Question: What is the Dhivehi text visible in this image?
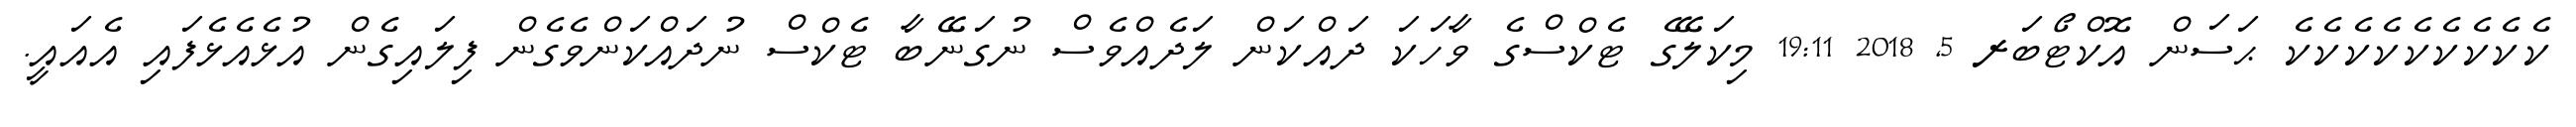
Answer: ކެކެކެކެކެކެކެކެކެ ޙަސަން އޮކްޓޯބަރ 5, 2018 19:11 މިކަލޭގެ ޓެކްސްގެ ވާހަކަ ދައްކަން ލަދެއްވެސް ނުގަނޭބާ ޓެކްސް ނުދައްކަންވެގެން ފިލައިގެން އުޅެއެޅެފައި އެއައީ.